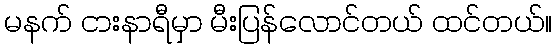
မနက် ငားနာရီမှာ မီးပြန်လောင်တယ် ထင်တယ်။